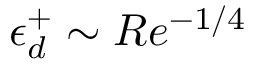
\epsilon _ { d } ^ { + } \sim R e ^ { - 1 / 4 }